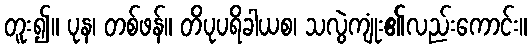
တူး၍။ ပုန၊ တစ်ဖန်။ တိပုပရိခါယစ၊ သလွဲကျုံး၏လည်းကောင်း။